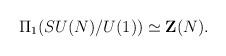
LaTeX: \begin{align*}\Pi_1(SU(N)/U(1)) \simeq {\bf Z}(N).\end{align*}